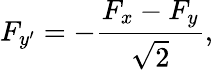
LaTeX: F_{y^{\prime}}=-\frac{F_{x}-F_{y}}{\sqrt{2}},